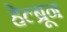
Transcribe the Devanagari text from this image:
हेल्ब्रून